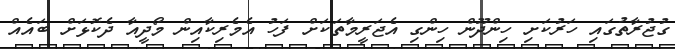
ގުޖުރާތުގައި ހަރުކަށި ހިންދޫން ހިންގި އެޖަރީމާތަކަށް ފަހު އެމެރިކާއިން މޯދީއާ ދެކޮޅަށް ބައެއް